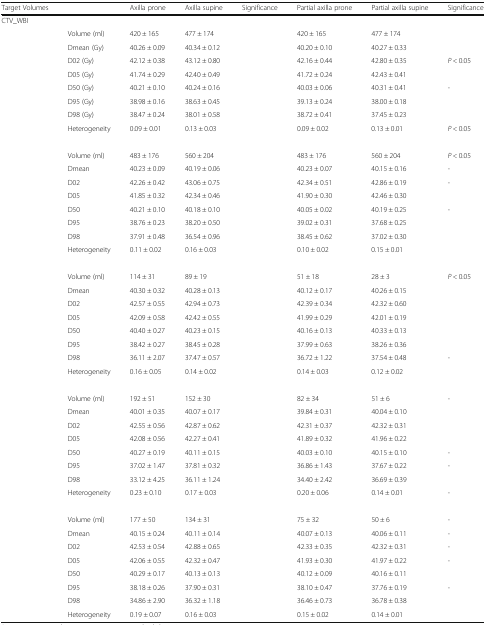
<table><thead><tr><td><b>Target Volumes</b></td><td>[EMPTY_CELL]</td><td><b>Axilla prone</b></td><td><b>Axilla supine</b></td><td><b>Significance</b></td><td><b>Partial axilla prone</b></td><td><b>Partial axilla supine</b></td><td><b>Significance</b></td></tr></thead><tbody><tr><td colspan="8">CTV_WBI</td></tr><tr><td>[EMPTY_CELL]</td><td>Volume (ml)</td><td>420 ± 165</td><td>477 ± 174</td><td>[EMPTY_CELL]</td><td>420 ± 165</td><td>477 ± 174</td><td>[EMPTY_CELL]</td></tr><tr><td>[EMPTY_CELL]</td><td>Dmean (Gy)</td><td>40.26 ± 0.09</td><td>40.34 ± 0.12</td><td>[EMPTY_CELL]</td><td>40.20 ± 0.10</td><td>40.27 ± 0.33</td><td>[EMPTY_CELL]</td></tr><tr><td>[EMPTY_CELL]</td><td>D02 (Gy)</td><td>42.12 ± 0.38</td><td>43.12 ± 0.80</td><td>[EMPTY_CELL]</td><td>42.16 ± 0.44</td><td>42.80 ± 0.35</td><td><i>P</i> &lt; 0.05</td></tr><tr><td>[EMPTY_CELL]</td><td>D05 (Gy)</td><td>41.74 ± 0.29</td><td>42.40 ± 0.49</td><td>[EMPTY_CELL]</td><td>41.72 ± 0.24</td><td>42.43 ± 0.41</td><td>[EMPTY_CELL]</td></tr><tr><td>[EMPTY_CELL]</td><td>D50 (Gy)</td><td>40.21 ± 0.10</td><td>40.24 ± 0.16</td><td>[EMPTY_CELL]</td><td>40.03 ± 0.06</td><td>40.31 ± 0.41</td><td>-</td></tr><tr><td>[EMPTY_CELL]</td><td>D95 (Gy)</td><td>38.98 ± 0.16</td><td>38.63 ± 0.45</td><td>[EMPTY_CELL]</td><td>39.13 ± 0.24</td><td>38.00 ± 0.18</td><td>[EMPTY_CELL]</td></tr><tr><td>[EMPTY_CELL]</td><td>D98 (Gy)</td><td>38.47 ± 0.24</td><td>38.01 ± 0.58</td><td>[EMPTY_CELL]</td><td>38.72 ± 0.41</td><td>37.45 ± 0.23</td><td>[EMPTY_CELL]</td></tr><tr><td>[EMPTY_CELL]</td><td>Heterogeneity</td><td>0.09 ± 0.01</td><td>0.13 ± 0.03</td><td>[EMPTY_CELL]</td><td>0.09 ± 0.02</td><td>0.13 ± 0.01</td><td><i>P</i> &lt; 0.05</td></tr><tr><td colspan="8">[EMPTY_CELL]</td></tr><tr><td>[EMPTY_CELL]</td><td>Volume (ml)</td><td>483 ± 176</td><td>560 ± 204</td><td>[EMPTY_CELL]</td><td>483 ± 176</td><td>560 ± 204</td><td><i>P</i> &lt; 0.05</td></tr><tr><td>[EMPTY_CELL]</td><td>Dmean</td><td>40.23 ± 0.09</td><td>40.19 ± 0.06</td><td>[EMPTY_CELL]</td><td>40.23 ± 0.07</td><td>40.15 ± 0.16</td><td>-</td></tr><tr><td>[EMPTY_CELL]</td><td>D02</td><td>42.26 ± 0.42</td><td>43.06 ± 0.75</td><td>[EMPTY_CELL]</td><td>42.34 ± 0.51</td><td>42.86 ± 0.19</td><td>-</td></tr><tr><td>[EMPTY_CELL]</td><td>D05</td><td>41.85 ± 0.32</td><td>42.34 ± 0.46</td><td>[EMPTY_CELL]</td><td>41.90 ± 0.30</td><td>42.46 ± 0.30</td><td>[EMPTY_CELL]</td></tr><tr><td>[EMPTY_CELL]</td><td>D50</td><td>40.21 ± 0.10</td><td>40.18 ± 0.10</td><td>[EMPTY_CELL]</td><td>40.05 ± 0.02</td><td>40.19 ± 0.25</td><td>-</td></tr><tr><td>[EMPTY_CELL]</td><td>D95</td><td>38.76 ± 0.23</td><td>38.20 ± 0.50</td><td>[EMPTY_CELL]</td><td>39.02 ± 0.31</td><td>37.68 ± 0.25</td><td>[EMPTY_CELL]</td></tr><tr><td>[EMPTY_CELL]</td><td>D98</td><td>37.91 ± 0.48</td><td>36.54 ± 0.96</td><td>[EMPTY_CELL]</td><td>38.45 ± 0.62</td><td>37.02 ± 0.30</td><td>[EMPTY_CELL]</td></tr><tr><td>[EMPTY_CELL]</td><td>Heterogeneity</td><td>0.11 ± 0.02</td><td>0.16 ± 0.03</td><td>[EMPTY_CELL]</td><td>0.10 ± 0.02</td><td>0.15 ± 0.01</td><td>[EMPTY_CELL]</td></tr><tr><td colspan="8">[EMPTY_CELL]</td></tr><tr><td>[EMPTY_CELL]</td><td>Volume (ml)</td><td>114 ± 31</td><td>89 ± 19</td><td>[EMPTY_CELL]</td><td>51 ± 18</td><td>28 ± 3</td><td><i>P</i> &lt; 0.05</td></tr><tr><td>[EMPTY_CELL]</td><td>Dmean</td><td>40.30 ± 0.32</td><td>40.28 ± 0.13</td><td>[EMPTY_CELL]</td><td>40.12 ± 0.17</td><td>40.26 ± 0.15</td><td>[EMPTY_CELL]</td></tr><tr><td>[EMPTY_CELL]</td><td>D02</td><td>42.57 ± 0.55</td><td>42.94 ± 0.73</td><td>[EMPTY_CELL]</td><td>42.39 ± 0.34</td><td>42.32 ± 0.60</td><td>[EMPTY_CELL]</td></tr><tr><td>[EMPTY_CELL]</td><td>D05</td><td>42.09 ± 0.58</td><td>42.42 ± 0.55</td><td>[EMPTY_CELL]</td><td>41.99 ± 0.29</td><td>42.01 ± 0.19</td><td>[EMPTY_CELL]</td></tr><tr><td>[EMPTY_CELL]</td><td>D50</td><td>40.40 ± 0.27</td><td>40.23 ± 0.15</td><td>[EMPTY_CELL]</td><td>40.16 ± 0.13</td><td>40.33 ± 0.13</td><td>[EMPTY_CELL]</td></tr><tr><td>[EMPTY_CELL]</td><td>D95</td><td>38.42 ± 0.27</td><td>38.45 ± 0.28</td><td>[EMPTY_CELL]</td><td>37.99 ± 0.63</td><td>38.26 ± 0.36</td><td>[EMPTY_CELL]</td></tr><tr><td>[EMPTY_CELL]</td><td>D98</td><td>36.11 ± 2.07</td><td>37.47 ± 0.57</td><td>[EMPTY_CELL]</td><td>36.72 ± 1.22</td><td>37.54 ± 0.48</td><td>-</td></tr><tr><td>[EMPTY_CELL]</td><td>Heterogeneity</td><td>0.16 ± 0.05</td><td>0.14 ± 0.02</td><td>[EMPTY_CELL]</td><td>0.14 ± 0.03</td><td>0.12 ± 0.02</td><td>[EMPTY_CELL]</td></tr><tr><td colspan="8">[EMPTY_CELL]</td></tr><tr><td>[EMPTY_CELL]</td><td>Volume (ml)</td><td>192 ± 51</td><td>152 ± 30</td><td>[EMPTY_CELL]</td><td>82 ± 34</td><td>51 ± 6</td><td>-</td></tr><tr><td>[EMPTY_CELL]</td><td>Dmean</td><td>40.01 ± 0.35</td><td>40.07 ± 0.17</td><td>[EMPTY_CELL]</td><td>39.84 ± 0.31</td><td>40.04 ± 0.10</td><td>[EMPTY_CELL]</td></tr><tr><td>[EMPTY_CELL]</td><td>D02</td><td>42.55 ± 0.56</td><td>42.87 ± 0.62</td><td>[EMPTY_CELL]</td><td>42.31 ± 0.37</td><td>42.32 ± 0.31</td><td>[EMPTY_CELL]</td></tr><tr><td>[EMPTY_CELL]</td><td>D05</td><td>42.08 ± 0.56</td><td>42.27 ± 0.41</td><td>[EMPTY_CELL]</td><td>41.89 ± 0.32</td><td>41.96 ± 0.22</td><td>[EMPTY_CELL]</td></tr><tr><td>[EMPTY_CELL]</td><td>D50</td><td>40.27 ± 0.19</td><td>40.11 ± 0.15</td><td>[EMPTY_CELL]</td><td>40.03 ± 0.10</td><td>40.15 ± 0.10</td><td>-</td></tr><tr><td>[EMPTY_CELL]</td><td>D95</td><td>37.02 ± 1.47</td><td>37.81 ± 0.32</td><td>[EMPTY_CELL]</td><td>36.86 ± 1.43</td><td>37.67 ± 0.22</td><td>-</td></tr><tr><td>[EMPTY_CELL]</td><td>D98</td><td>33.12 ± 4.25</td><td>36.11 ± 1.24</td><td>[EMPTY_CELL]</td><td>34.40 ± 2.42</td><td>36.69 ± 0.39</td><td>[EMPTY_CELL]</td></tr><tr><td>[EMPTY_CELL]</td><td>Heterogeneity</td><td>0.23 ± 0.10</td><td>0.17 ± 0.03</td><td>[EMPTY_CELL]</td><td>0.20 ± 0.06</td><td>0.14 ± 0.01</td><td>-</td></tr><tr><td colspan="8">[EMPTY_CELL]</td></tr><tr><td>[EMPTY_CELL]</td><td>Volume (ml)</td><td>177 ± 50</td><td>134 ± 31</td><td>[EMPTY_CELL]</td><td>75 ± 32</td><td>50 ± 6</td><td>-</td></tr><tr><td>[EMPTY_CELL]</td><td>Dmean</td><td>40.15 ± 0.24</td><td>40.11 ± 0.14</td><td>[EMPTY_CELL]</td><td>40.07 ± 0.13</td><td>40.06 ± 0.11</td><td>-</td></tr><tr><td>[EMPTY_CELL]</td><td>D02</td><td>42.53 ± 0.54</td><td>42.88 ± 0.65</td><td>[EMPTY_CELL]</td><td>42.33 ± 0.35</td><td>42.32 ± 0.31</td><td>-</td></tr><tr><td>[EMPTY_CELL]</td><td>D05</td><td>42.06 ± 0.55</td><td>42.32 ± 0.47</td><td>[EMPTY_CELL]</td><td>41.93 ± 0.30</td><td>41.97 ± 0.22</td><td>-</td></tr><tr><td>[EMPTY_CELL]</td><td>D50</td><td>40.29 ± 0.17</td><td>40.13 ± 0.13</td><td>[EMPTY_CELL]</td><td>40.12 ± 0.09</td><td>40.16 ± 0.11</td><td>[EMPTY_CELL]</td></tr><tr><td>[EMPTY_CELL]</td><td>D95</td><td>38.18 ± 0.26</td><td>37.90 ± 0.31</td><td>[EMPTY_CELL]</td><td>38.10 ± 0.47</td><td>37.76 ± 0.19</td><td>-</td></tr><tr><td>[EMPTY_CELL]</td><td>D98</td><td>34.86 ± 2.90</td><td>36.32 ± 1.18</td><td>[EMPTY_CELL]</td><td>36.46 ± 0.73</td><td>36.78 ± 0.38</td><td>[EMPTY_CELL]</td></tr><tr><td>[EMPTY_CELL]</td><td>Heterogeneity</td><td>0.19 ± 0.07</td><td>0.16 ± 0.03</td><td>[EMPTY_CELL]</td><td>0.15 ± 0.02</td><td>0.14 ± 0.01</td><td>[EMPTY_CELL]</td></tr></tbody></table>